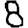
Digit: 8